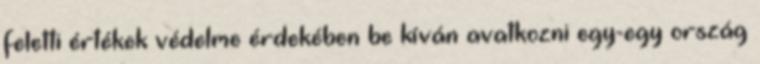
feletti értékek védelme érdekében be kíván avatkozni egy-egy ország